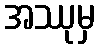
အဿုမှ